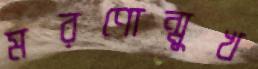
মরণোন্মুখ